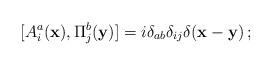
LaTeX: \begin{align*}[A^a_i({\bf x}), \Pi^b_j({\bf y})] =i\delta_{ab}\delta_{ij}\delta({\bf x-y})\,;\end{align*}